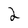
Character: 2